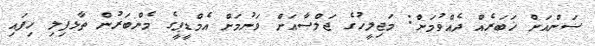
ސަންއަށް ޚަބަރެއް ދެއްވުމަށް: މަޖިލީހުގެ ޖަލްސާއަށް ވަނުމަށް އެމްޑީޕީގެ މެންބަރުން ތާޅފިލި ހިފައި